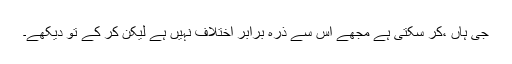
جی ہاں ،کر سکتی ہے مجھے اس سے ذرہ برابر اختلاف نہیں ہے لیکن کر کے تو دیکھے۔